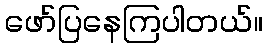
ဖော်ပြနေကြပါတယ်။